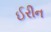
ઈરીન